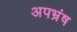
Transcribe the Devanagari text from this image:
अपभ्रंष